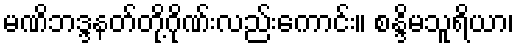
မဏိဘဒ္ဒနတ်တို့ဂိုဏ်းလည်းကောင်း။ စန္ဒိမသူရိယာ၊